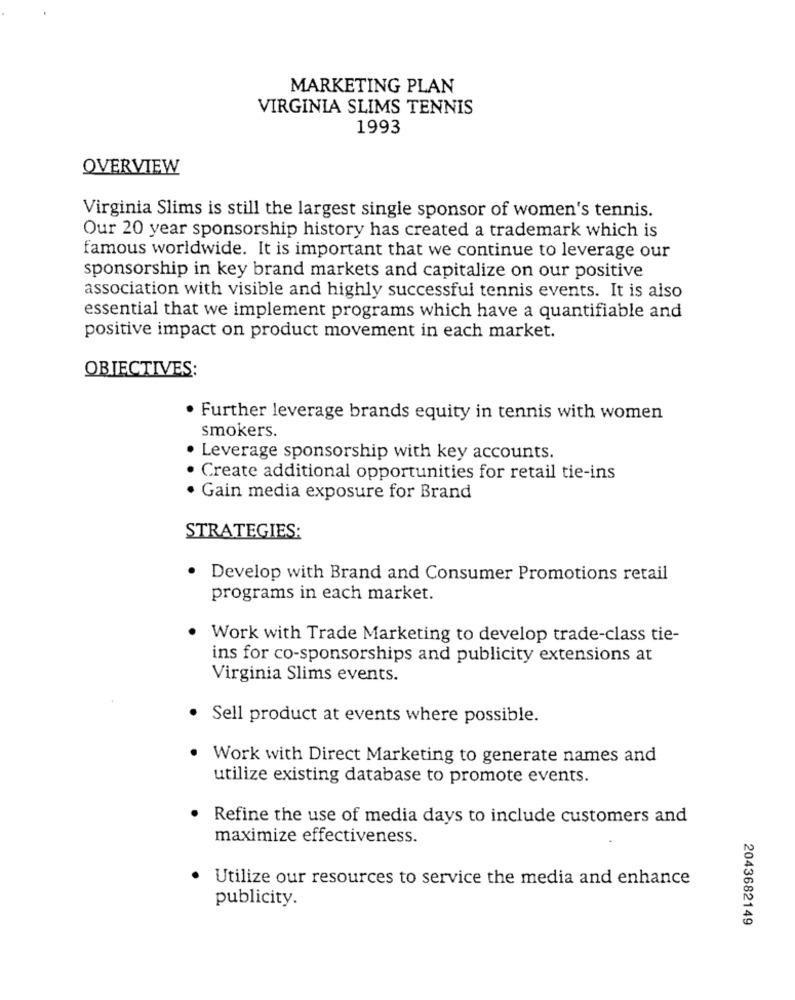
MARKETING PLAN
VIRGINIA SLIMS TENNIS
1993
OVERVIEW
Virginia Slims is still the largest single sponsor of women's tennis.
Our 20 year sponsorship history has created a trademark which is
famous worldwide. It is important that we continue to leverage our
sponsorship in key brand markets and capitalize on our positive
association with visible and highly successful tennis events. It is also
essential that we implement programs which have a quantifiable and
positive impact on product movement in each market.
OBIECTIVES:
. Further leverage brands equity in tennis with women
smokers.
Leverage sponsorship with key accounts.
Create additional opportunities for retail tie-ins
· Gain media exposure for Brand
STRATEGIES:
. Develop with Brand and Consumer Promotions retail
programs in each market.
Work with Trade Marketing to develop trade-class tie-
ins for co-sponsorships and publicity extensions at
Virginia Slims events.
· Sell product at events where possible.
Work with Direct Marketing to generate names and
utilize existing database to promote events.
Refine the use of media days to include customers and
maximize effectiveness.
Utilize our resources to service the media and enhance
publicity.
2043682149